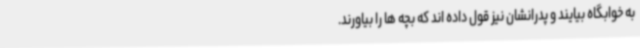
به خوابگاه بیایند و پدرانشان نیز قول داده اند که بچه ها را بیاورند.